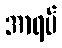
အာရပ်